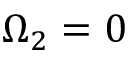
\Omega _ { 2 } = 0